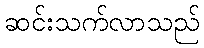
ဆင်းသက်လာသည်